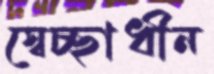
স্বেচ্ছাধীন